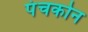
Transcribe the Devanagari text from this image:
पंचकोन